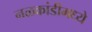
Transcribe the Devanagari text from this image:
नळकांडीमध्ये